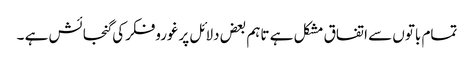
تمام باتوں سے اتفاق مشکل ہے تاہم بعض دلائل پرغوروفکرکی گنجائش ہے ۔